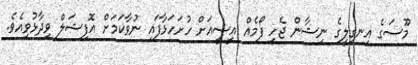
މޫސަގެ އިނގިލީގެ ނިޝާން ޖެހި ފޯމެއް އީސީއަށް ހުށަހަޅާފައި ނުވާކަމަށް އޮފިޝަލް ވިދާޅުވިއެވެ.